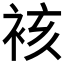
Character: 𮖀